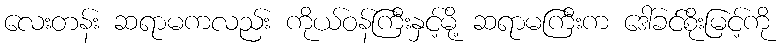
လေးတန်း ဆရာမကလည်း ကိုယ်ဝန်ကြီးနှင့်မို့ ဆရာမကြီးက ဒေါ်ခင်စိုးမြင့်ကို